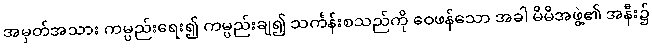
အမှတ်အသား ကမ္ပည်းရေး၍ ကမ္ပည်းချ၍ သင်္ကန်းစသည်ကို ဝေဖန်သော အခါ မိမိအဖွဲ့၏ အနီး၌